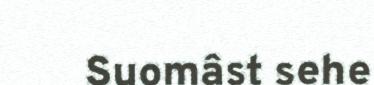
Suomâst sehe